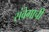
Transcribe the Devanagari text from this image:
संवेगाची